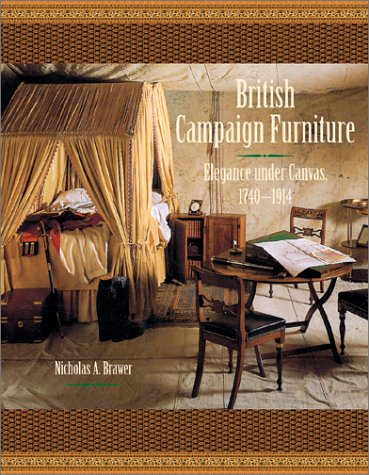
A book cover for British Campaign Furniture: Elegance Under Canvas, 1740-1914; Nicholas A. Brawer; Crafts, Hobbies & Home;